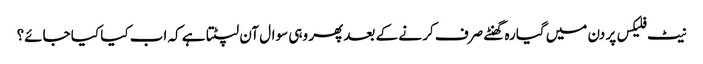
نیٹ فلیکس پر دن میں گیارہ گھنٹے صرف کر نے کے بعد پھر وہی سوال آن لپٹتا ہے کہ اب کیا کیا جائے؟